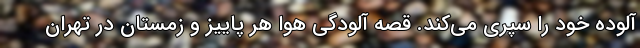
آلوده خود را سپری می‌کند. قصه آلودگی هوا هر پاییز و زمستان در تهران